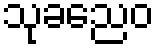
သုခညေဝ